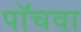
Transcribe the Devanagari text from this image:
पॉचवा